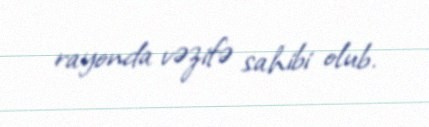
rayonda vəzifə sahibi olub.